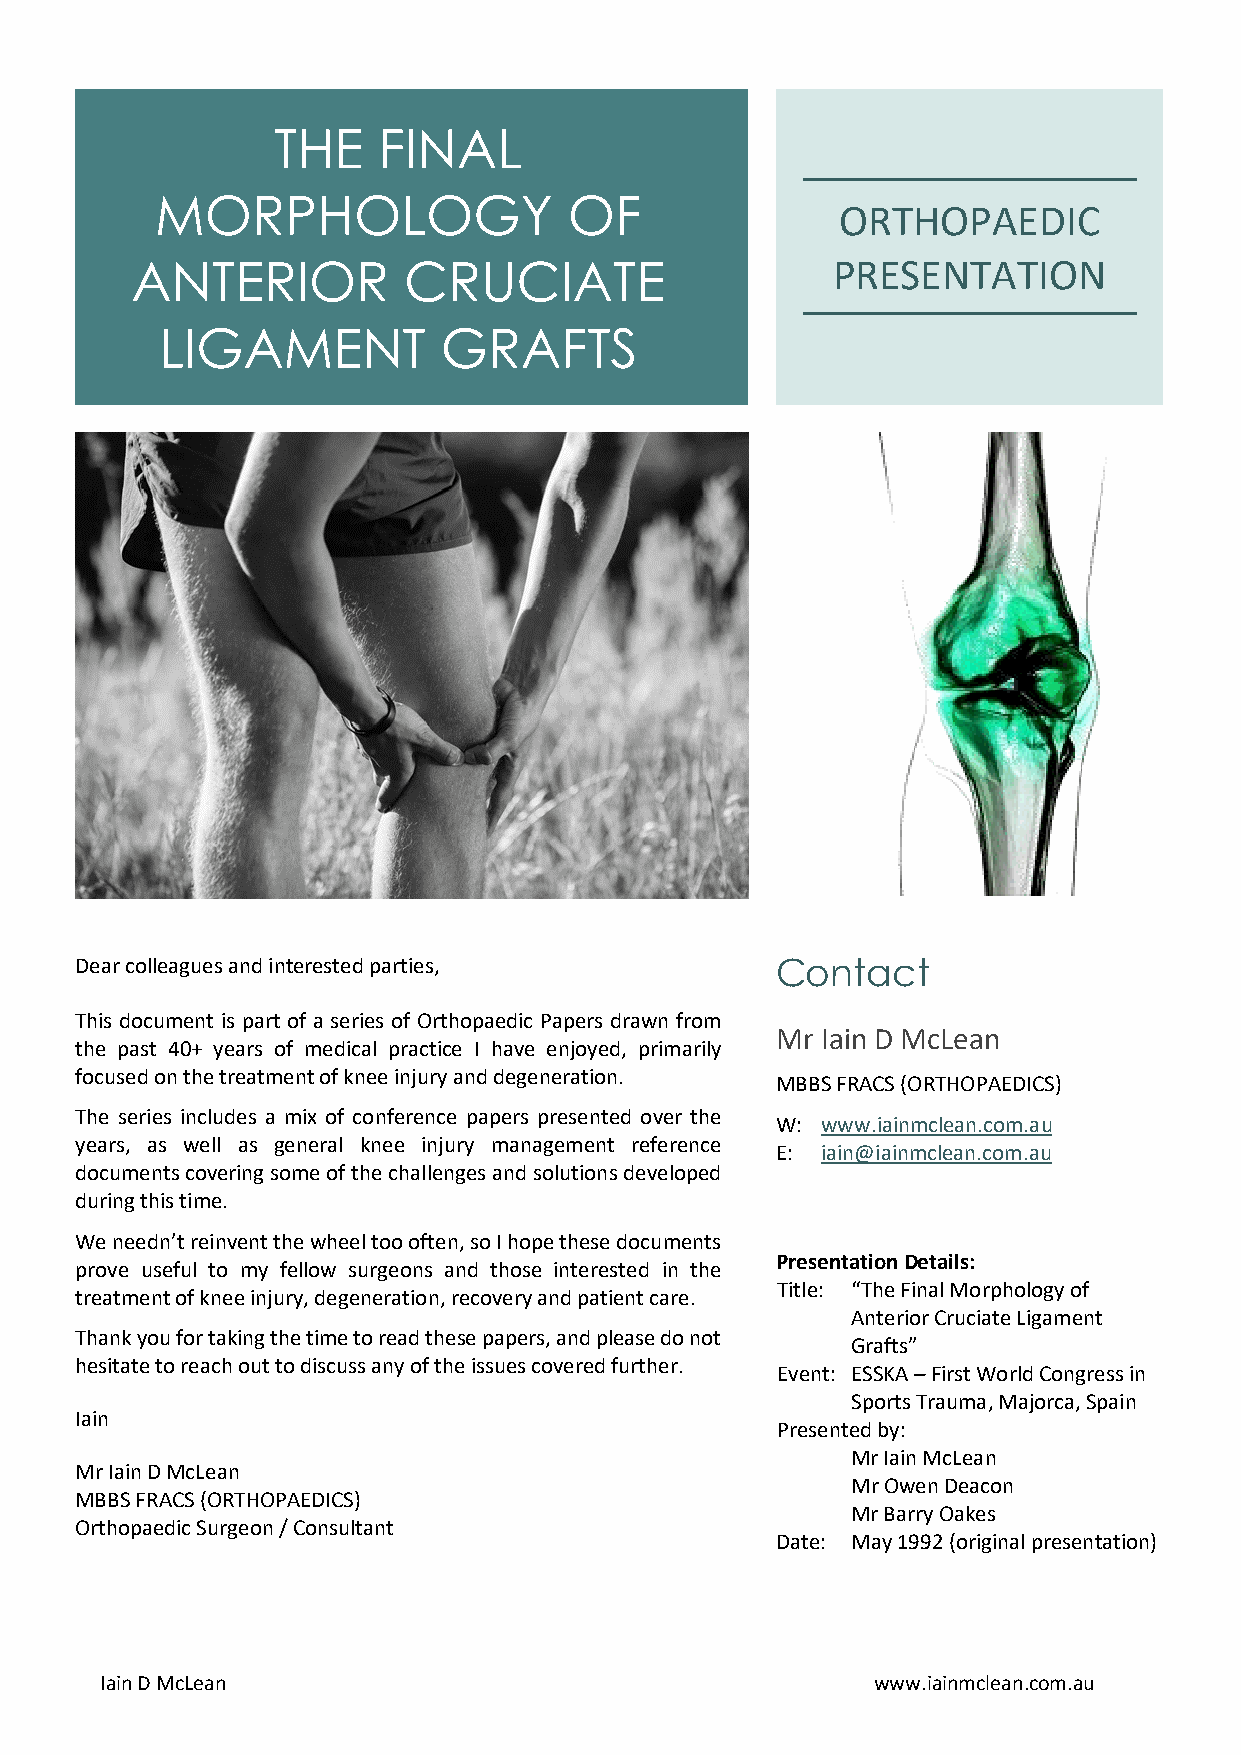
THE    FINAL
 MORPHOLOGY                  OF
 ORTHOPAEDIC
 ANTERIOR          CRUCIATE                    PRESENTATION
 LIGAMENT          GRAFTS
 Dear colleagues and interested parties,       Contact
 This document is part of a series of Orthopaedic Papers drawn from
 Mr Iain D McLean
 the past 40+ years of medical practice I have enjoyed, primarily
 focused on the treatment of knee injury and degeneration.
 MBBS FRACS (ORTHOPAEDICS)
 The series includes a mix of conference papers presented over the
 W: www.iainmclean.com.au
 years, as well as general knee injury management reference
 E: iain@iainmclean.com.au
 documents covering some of the challenges and solutions developed
 during this time.
 We needn’t reinvent the wheel too often, so I hope these documents
 Presentation Details:
 prove useful to my fellow surgeons and those interested in the
 Title: “The Final Morphology of
 treatment of knee injury, degeneration, recovery and patient care.
 Anterior Cruciate Ligament
 Thank you for taking the time to read these papers, and please do not
 Grafts”
 hesitate to reach out to discuss any of the issues covered further.
 Event: ESSKA – First World Congress in
 Sports Trauma, Majorca, Spain
 Iain
 Presented by:
 Mr Iain McLean
 Mr Iain D McLean
 Mr Owen Deacon
 MBBS FRACS (ORTHOPAEDICS)
 Mr Barry Oakes
 Orthopaedic Surgeon / Consultant
 Date: May 1992 (original presentation)
 Iain D McLean                                      www.iainmclean.com.au